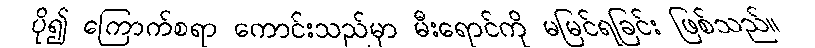
ပို၍ ကြောက်စရာ ကောင်းသည်မှာ မီးရောင်ကို မမြင်ရခြင်း ဖြစ်သည်။